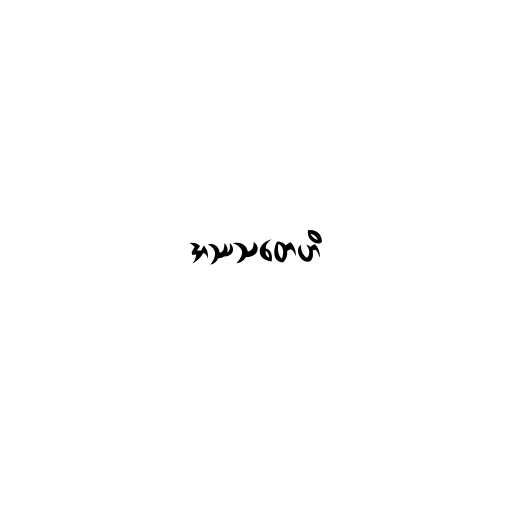
အဿသတေဟိ